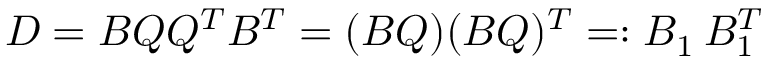
D = B Q Q ^ { T } B ^ { T } = ( B Q ) ( B Q ) ^ { T } = : B _ { 1 } ^ { \phantom { T } } B _ { 1 } ^ { T }